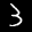
Label: 3